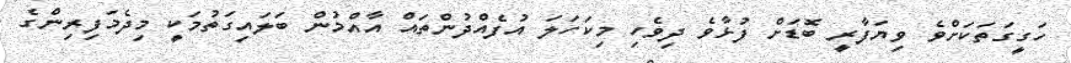
ހަގީގަތަކަށްވެ ވިޔަފާރީ ބޮޑަށް ފުޅާވެ ދިވެހި މިކަހަލަ އުފެއްދުންތައް އާއްމުން ބަލައިގަތުމަކީ މިދެމަފިރިންގެ